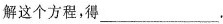
解这个方程，得___。